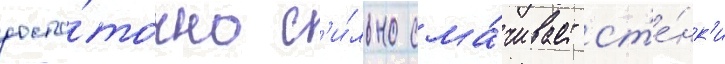
доста́точно с'и́льно сма́чивает ст'е́нк'и